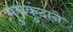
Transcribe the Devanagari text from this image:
मुचकुंदाने